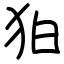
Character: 狛